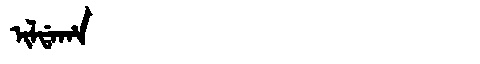
Manchu: ᡳᠯᡩᠠᡥᠠ
Romanization: ILDAHA